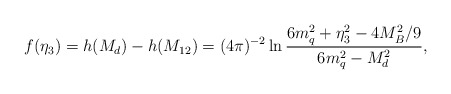
\begin{align*}f(\eta_3) = h(M_d)- h(M_{12}) = (4\pi)^{-2} \ln{{6m_q^2 + \eta_3^2 -4M_B^2/9} \over {6m_q^2 -M_d^2}},\end{align*}